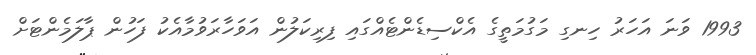
1993 ވަނަ އަހަރު ހިނގި މަގުމަތީގެ އެކްސިޑެންޓެއްގައި ފިރިކަލުން އަވަހާރަވުމާއެކު ފަހުން ޕާލަމެންޓަށް